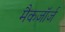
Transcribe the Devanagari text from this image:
मैकजॉर्ज